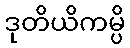
ဒုတိယိကမ္ပိ